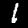
Label: 1